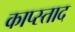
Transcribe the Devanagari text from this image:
काप्स्ताद